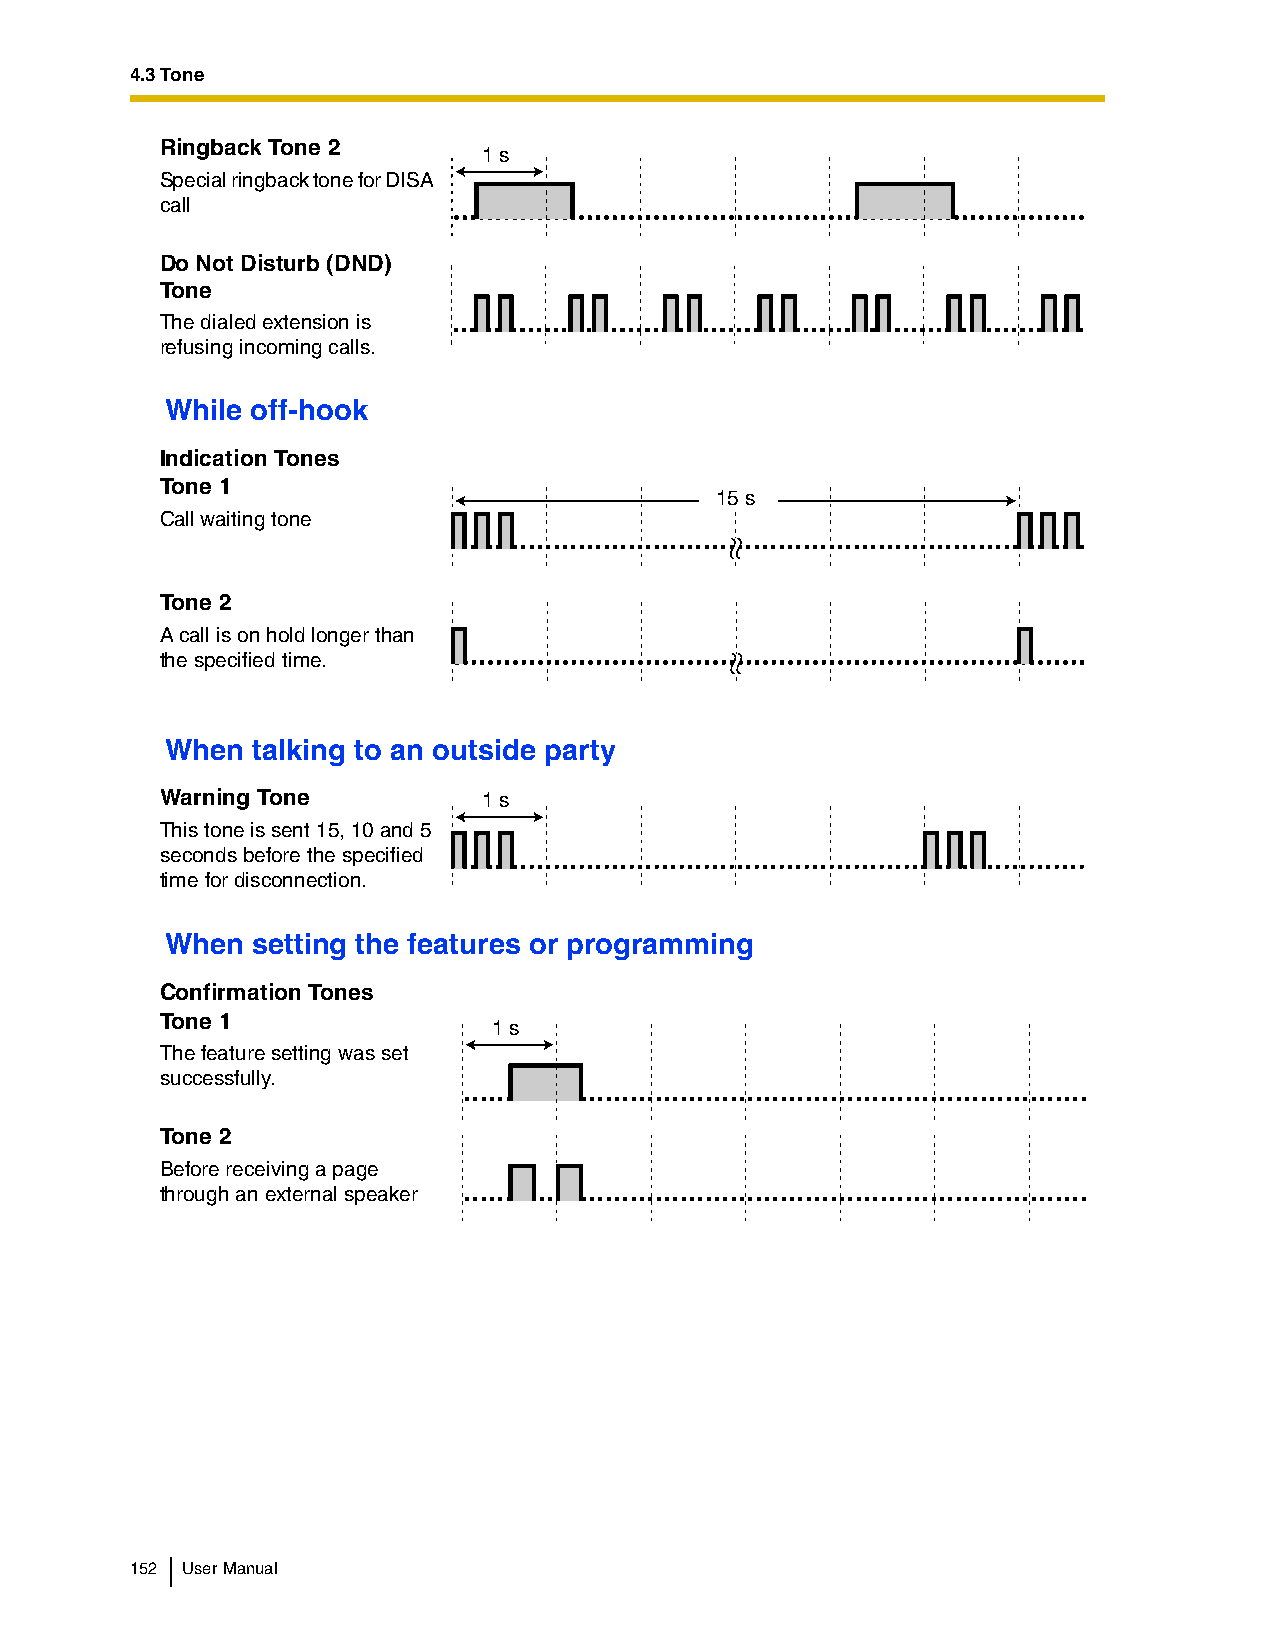
4.3 Tone
 Ringback Tone 2
 1 s
 Special ringback tone for DISA
 call
 Do Not Disturb (DND)
 Tone
 The dialed extension is
 refusing incoming calls.
 While off-hook
 Indication Tones
 Tone 1
 15 s
 Call waiting tone
 Tone 2
 A call is on hold longer than
 the specified time.
 When  talking to an outside party
 Warning Tone         1 s
 This tone is sent 15, 10 and 5
 seconds before the specified
 time for disconnection.
 When  setting the features or programming
 Confirmation Tones
 Tone 1
 1 s
 The feature setting was set
 successfully.
 Tone 2
 Before receiving a page
 through an external speaker
 152 User Manual